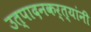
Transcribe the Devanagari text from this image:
उत्पादनकर्त्यांनी